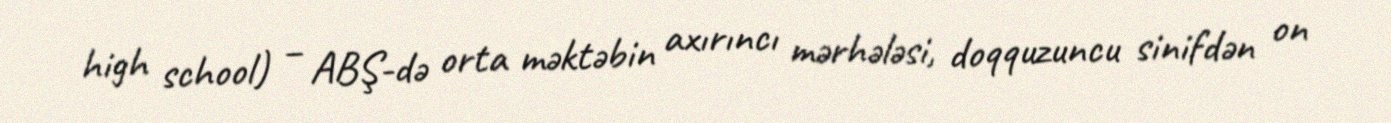
high school) – ABŞ-də orta məktəbin axırıncı mərhələsi, doqquzuncu sinifdən on